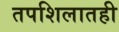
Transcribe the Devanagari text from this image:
तपशिलातही